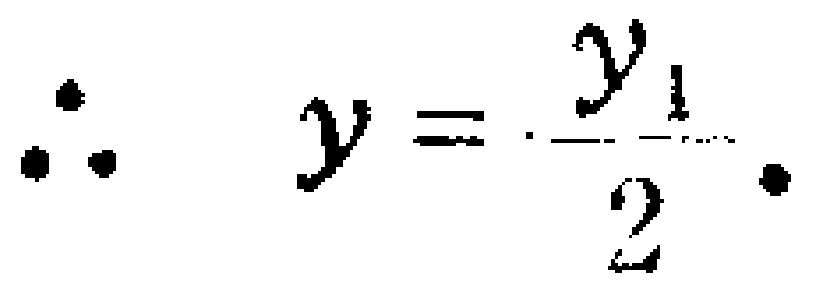
\(\therefore y = \frac{y_{1}}{2}.\)